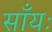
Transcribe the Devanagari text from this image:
साँयः